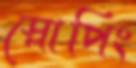
স্লোপিং